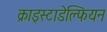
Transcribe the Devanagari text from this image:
क्राइस्टाडेल्फियन